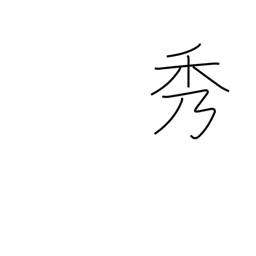
Meaning: beauty